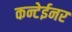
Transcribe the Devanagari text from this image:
कन्टेईनर